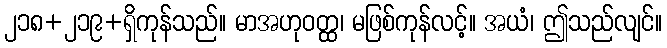
၂၁၈+၂၁၉+ရှိကုန်သည်။ မာအဟုဝတ္ထ၊ မဖြစ်ကုန်လင့်။ အယံ၊ ဤသည်လျင်။